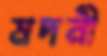
মদনী